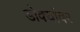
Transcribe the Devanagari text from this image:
डोक्यांवर